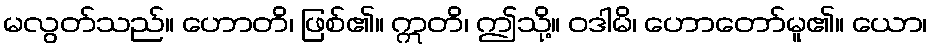
မလွတ်သည်။ ဟောတိ၊ ဖြစ်၏။ ဣတိ၊ ဤသို့။ ဝဒါမိ၊ ဟောတော်မူ၏။ ယော၊